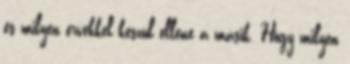
és milyen érvekkel készül ellene a másik. Hogy milyen